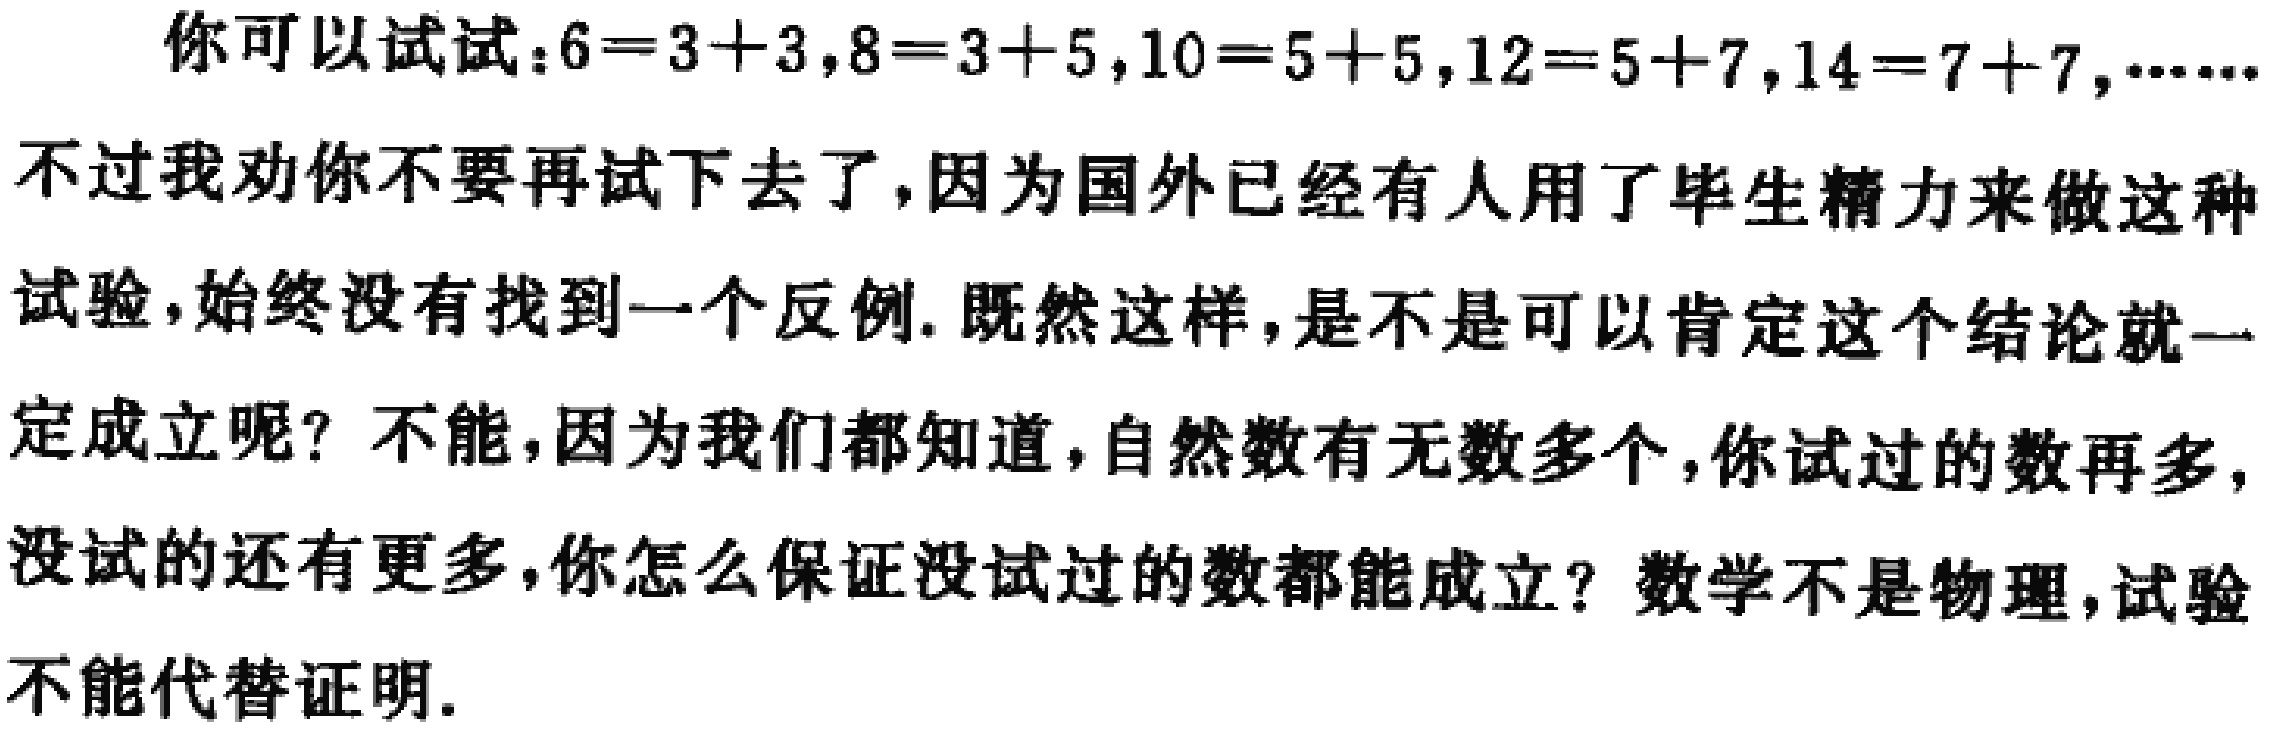
你可以试试：\(6 = 3 + 3\)，\(8 = 3 + 5\)，\(10 = 5 + 5\)，\(12 = 5 + 7\)，\(14 = 7 + 7\)，……

不过我劝你不要再试下去了，因为国外已经有人用了毕生精力来做这种试验，始终没有找到一个反例. 既然这样，是不是可以肯定这个结论就一定成立呢？不能，因为我们都知道，自然数有无数多个，你试过的数再多，没试的还有更多，你怎么保证没试过的数都能成立？数学不是物理，试验不能代替证明.